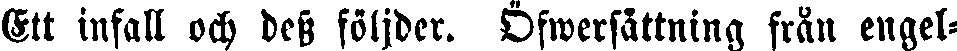
Ett infall och dess följder. Öfwerfåttning från engel-